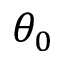
\theta _ { 0 }